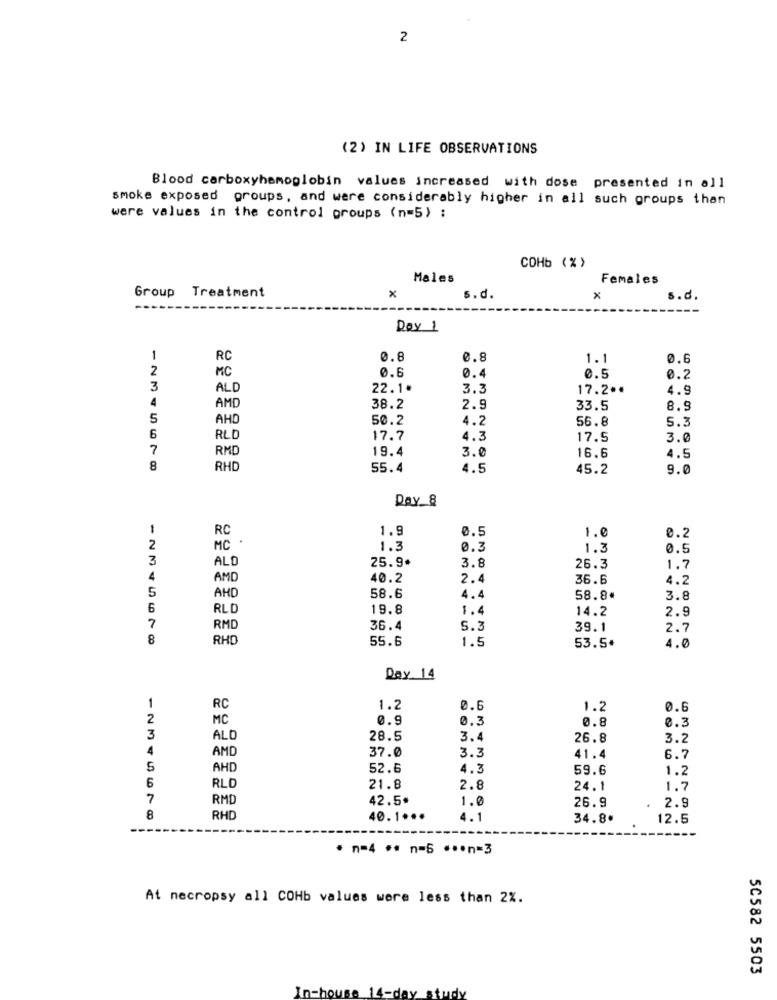
2
(2) IN LIFE OBSERVATIONS
Blood carboxyhemoglobin values increased with dose presented in all
smoke exposed groups, and were considerably higher in all such groups than
were values in the control groups (n=5) :
COHb ( % )
Males
Females
Treatment
X
Group
s.d.
×
s.d.
----
Day 1
1
RC
0.8
0.8
1.1
0.6
2
MC
0.6
0.4
0.5
0.2
3
ALD
22.1.
3.3
17.2 ..
4.9
4
AMD
38.2
2.9
33.5
8.9
5
AHD
50.2
4.2
56.8
5.3
6
RLD
17.7
4.3
17.5
3.0
7
RMD
19.4
3.0
16.6
4.5
8
RHD
55.4
4.5
45.2
9.0
Day_8
1
RC
1.9
0.5
1.0
MC ·
0.2
2
1.3
0.3
1.3
0.5
3
ALD
25.9.
3.8
26.3
1.7
4
AMD
40.2
2.4
36.6
4.2
5
58.6
4.4
58.8"
3.8
6
RLC
19.8
1.4
14.2
2.9
RMD
36.4
5.2
39.1
2.7
8
RHO
55.6
1.5
53.5*
4.0
Day. 14
1
RC
1.2
0.6
1.2
0.6
2
MC
0.9
0.3
0.8
0.3
3
ALO
28.5
3.4
26.8
3.2
4
AMD
37.0
3.3
41.4
6.7
5
AHD
52.6
4.3
59.6
1.2
6
RLD
21.8
2.8
24.1
1.7
7
RMD
42.5
1.0
26.9
2.9
8
RHD
40.1 ...
4.1
34.8"
12.5
· n=4 ** n=5 ··· n=3
At necropsy all COHb values were less than 2%.
50582 5503